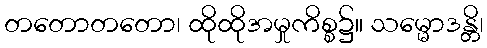
တတောတတော၊ ထိုထိုအမှုကိစ္စ၌။ သမ္မောဒန္တိ၊